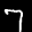
Label: 7